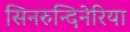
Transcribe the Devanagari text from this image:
सिनरुन्दिनेरिया